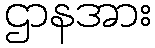
ဌာနအား